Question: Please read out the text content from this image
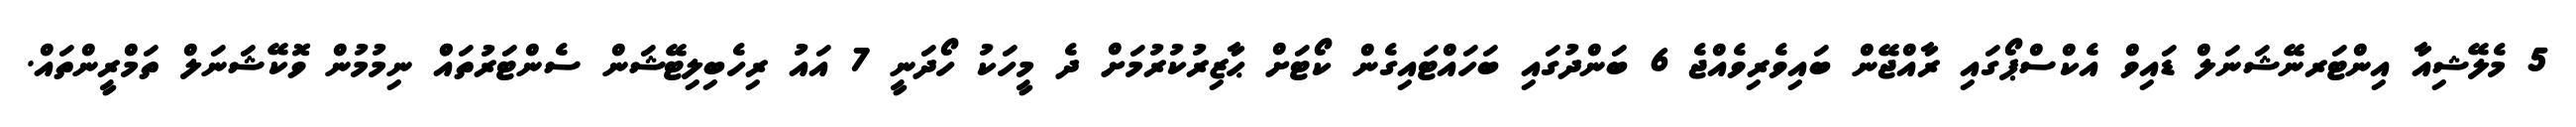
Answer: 5 މެލޭޝިއާ އިންޓަރނޭޝަނަލް ޑައިވް އެކްސްޕޯގައި ރާއްޖޭން ބައިވެރިވެއްޖެ 6 ބަންދުގައި ބަހައްޓައިގެން ކޯޓަށް ޙާޒިރުކުރުމަށް ދެ މީހަކު ހޯދަނީ 7 އައު ރިހެބިލިޓޭޝަން ސެންޓަރުތައްް ނިމުމުން ވޮކޭޝަނަލް ތަމްރީންތައް.